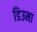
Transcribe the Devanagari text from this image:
डिउमा